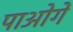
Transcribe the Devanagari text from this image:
पाओगें